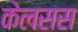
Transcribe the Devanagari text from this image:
केलसस